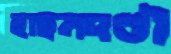
হাছনদণ্ডী